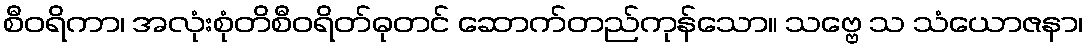
စီဝရိကာ၊ အလုံးစုံတိစီဝရိတ်ဓုတင် ဆောက်တည်ကုန်သော။ သဗ္ဗေ သ သံယောဇနာ၊